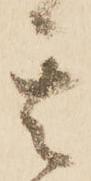
其